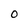
Character: 0